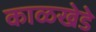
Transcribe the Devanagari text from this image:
काळखेडे